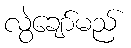
လွဲချော်မည်